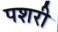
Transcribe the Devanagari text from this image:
पशरी